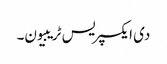
دی ایکسپریس ٹریبیون۔